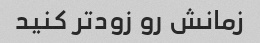
زمانش رو زودتر کنید